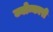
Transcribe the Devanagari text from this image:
ज्वोन्कारी